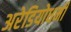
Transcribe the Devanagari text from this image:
अरेडियोधर्मी